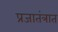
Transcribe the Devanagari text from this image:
प्रजातंत्रात